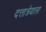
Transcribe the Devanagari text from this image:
दत्तात्रेयाला